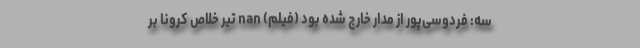
سه: فردوسی‌پور از مدار خارج شده بود (فیلم) nan تیر خلاص کرونا بر